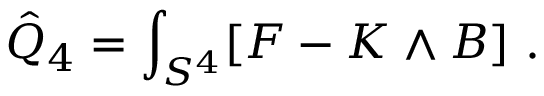
\hat { Q } _ { 4 } = \int _ { S ^ { 4 } } [ F - K \wedge B ] \ .